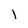
Character: 1